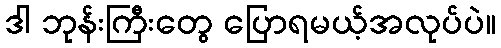
ဒါ ဘုန်းကြီးတွေ ပြောရမယ့်အလုပ်ပဲ။